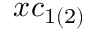
x c _ { 1 ( 2 ) }